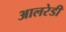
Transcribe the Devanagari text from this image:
आलरेडी